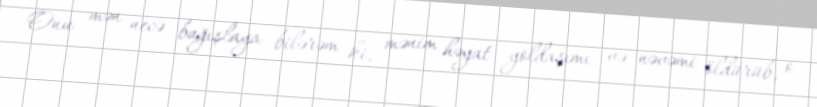
Onu mən necə bağışlaya bilərəm ki, mənim həyat yoldaşımı və nəvəmi öldürüb, o